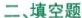
二、填空题